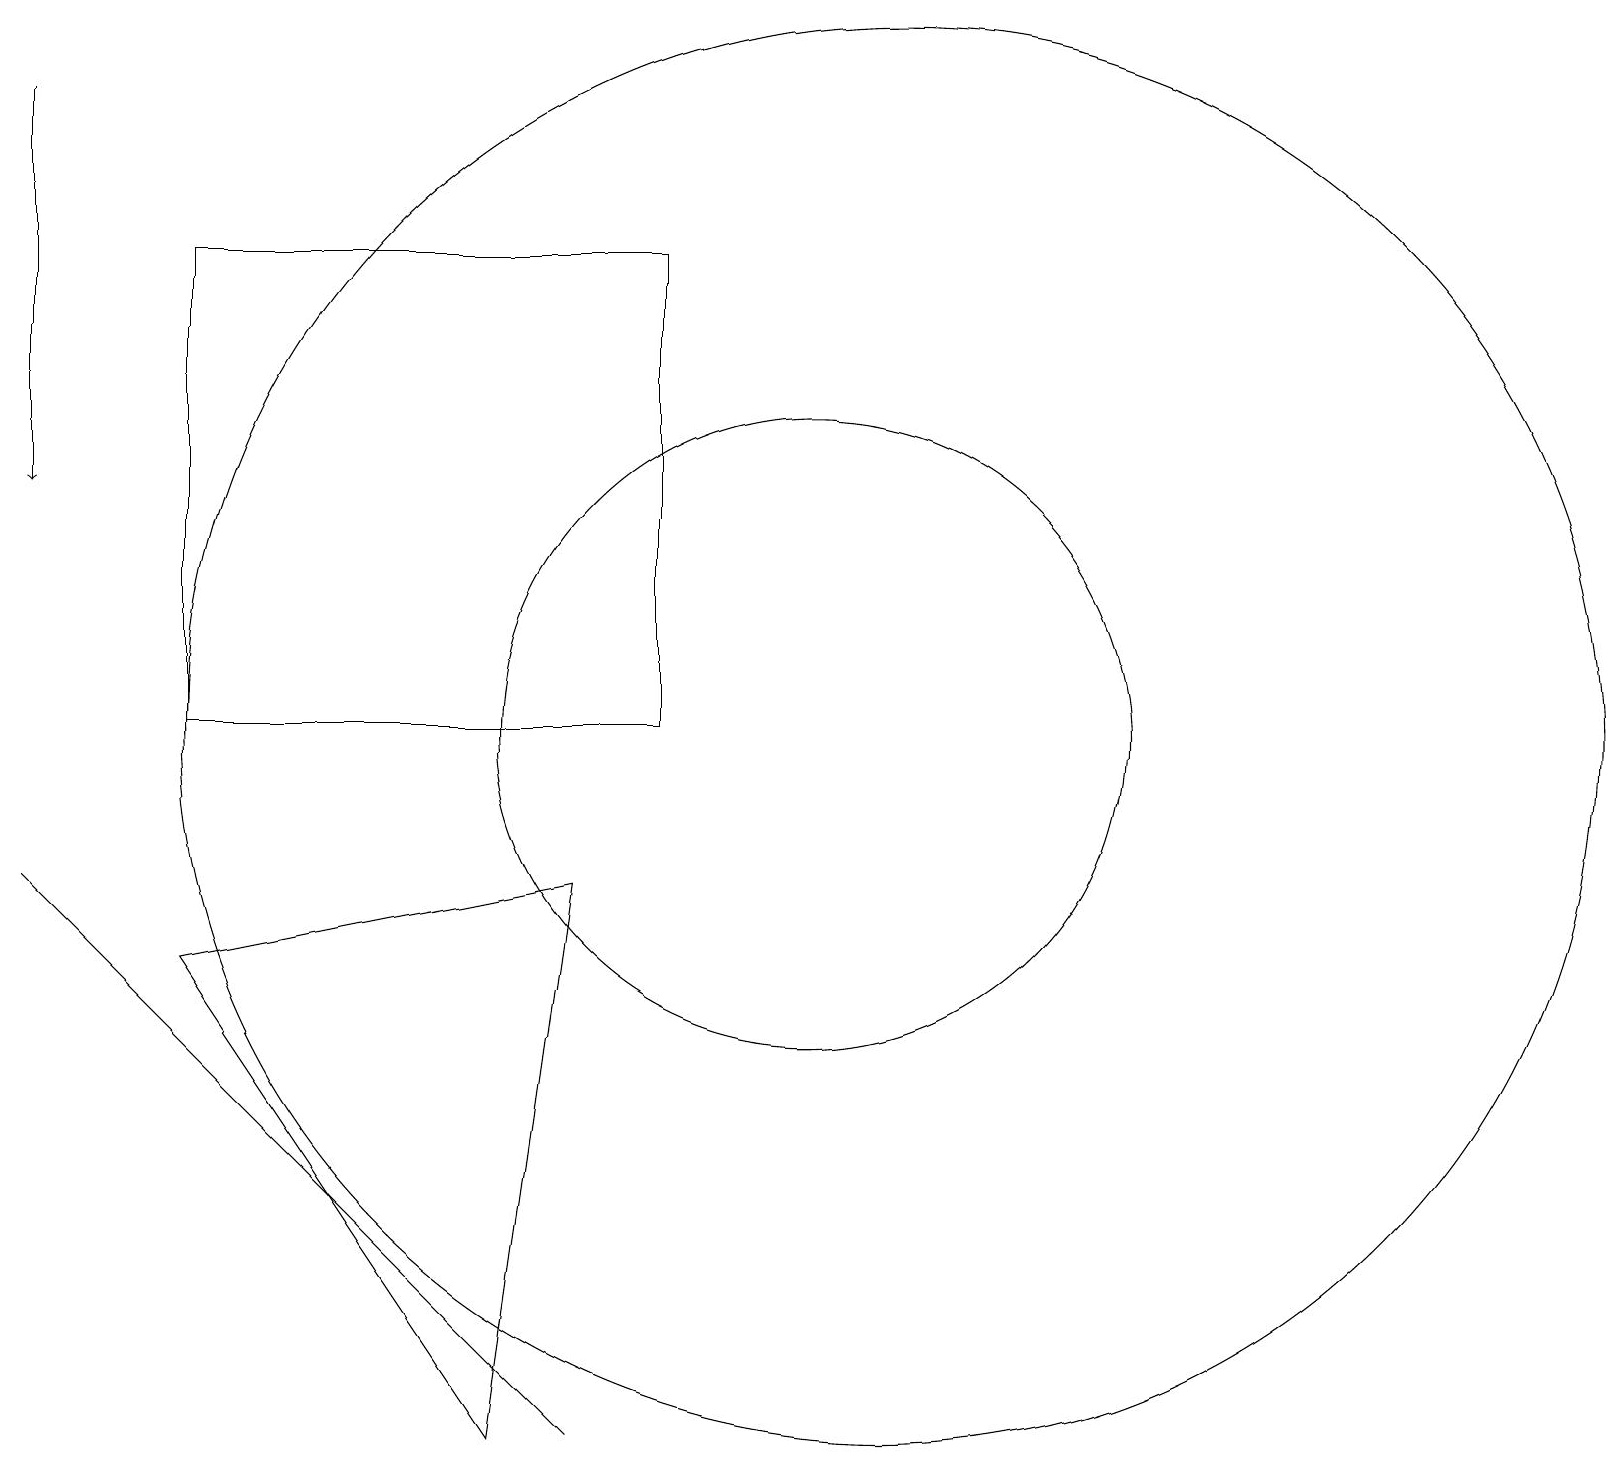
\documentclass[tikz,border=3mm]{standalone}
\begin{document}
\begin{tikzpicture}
\draw (11,10) circle (9);
\draw (7,8) -- (6,1) -- (2,7) -- cycle;
\draw (10,10) circle (4);
\draw[->] (0,18) -- (0,13);
\draw (8,10) rectangle (2,16);
\draw (7,1) -- (5,3) -- (0,8) -- cycle;
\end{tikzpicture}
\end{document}